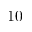
1 0